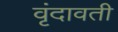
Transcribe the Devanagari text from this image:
वृंदावती